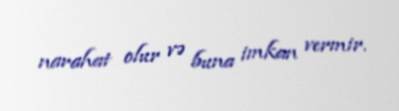
narahat olur və buna imkan vermir.